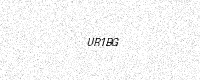
Text: UR1BG